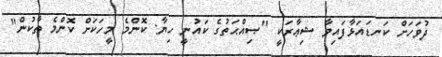
ދުވަހަށް ކަނޑައަޅާފައިވާ ޝިޢާރަކީ "ޞިއްޙަތުގެ ކައުނީ ހިޔާ: ކޮންމެ މީހަކަށް ކޮންމެ ތާކުން"